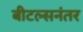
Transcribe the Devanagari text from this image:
बीटल्सनंतर